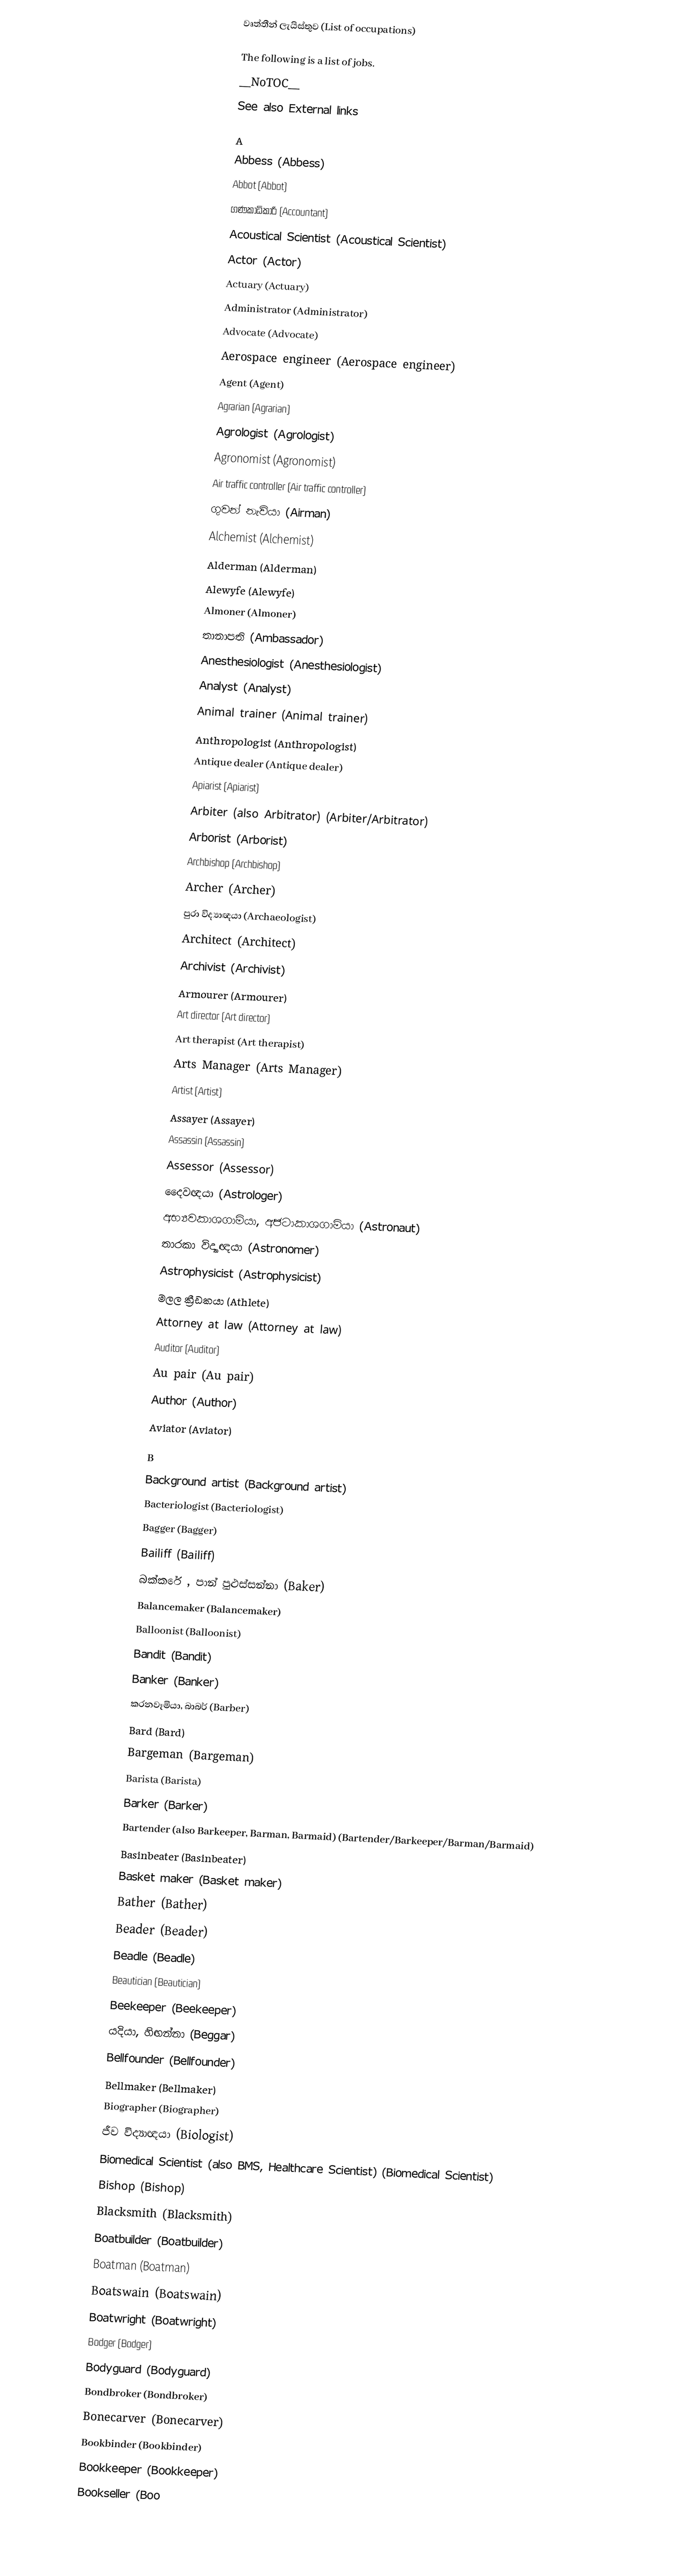
වෘත්තීන් ලැයිස්තුව (List of occupations)

The following is a list of jobs.
__NoTOC__
See also External links

A
Abbess (Abbess)
Abbot (Abbot)
ගණකාධිකාරි (Accountant)
Acoustical Scientist (Acoustical Scientist)
Actor (Actor)
Actuary (Actuary)
Administrator (Administrator)
Advocate (Advocate)
Aerospace engineer (Aerospace engineer)
Agent (Agent)
Agrarian (Agrarian)
Agrologist (Agrologist)
Agronomist (Agronomist)
Air traffic controller (Air traffic controller)
ගුවන් නැවියා (Airman)
Alchemist (Alchemist)
Alderman (Alderman)
Alewyfe (Alewyfe)
Almoner (Almoner)
තානාපති (Ambassador)
Anesthesiologist (Anesthesiologist)
Analyst (Analyst)
Animal trainer (Animal trainer)
Anthropologist (Anthropologist)
Antique dealer (Antique dealer)
Apiarist (Apiarist)
Arbiter (also Arbitrator) (Arbiter/Arbitrator)
Arborist (Arborist)
Archbishop (Archbishop)
Archer (Archer)
පුරා විද්‍යාඥයා (Archaeologist)
Architect (Architect)
Archivist (Archivist)
Armourer (Armourer)
Art director (Art director)
Art therapist (Art therapist)
Arts Manager (Arts Manager)
Artist (Artist)
Assayer (Assayer)
Assassin (Assassin)
Assessor (Assessor)
දෛවඥයා (Astrologer)
 අභ්‍යවකාශගාමියා, අජටාකාශගාමියා (Astronaut)
තාරකා විද්‍යාඥයා (Astronomer)
Astrophysicist (Astrophysicist)
මලල ක්‍රීඩකයා (Athlete)
Attorney at law (Attorney at law)
Auditor (Auditor)
Au pair (Au pair)
Author (Author)
Aviator (Aviator)

B
Background artist (Background artist)
Bacteriologist (Bacteriologist)
Bagger (Bagger)
Bailiff (Bailiff)
 බක්කරේ , පාන් පුළුස්සන්නා (Baker)
Balancemaker (Balancemaker)
Balloonist (Balloonist)
Bandit (Bandit)
Banker (Banker)
 කරනවෑමියා, බාබර්  (Barber)
Bard (Bard)
Bargeman (Bargeman)
Barista (Barista)
Barker (Barker)
Bartender (also Barkeeper, Barman, Barmaid) (Bartender/Barkeeper/Barman/Barmaid)
Basinbeater (Basinbeater)
Basket maker (Basket maker)
Bather (Bather)
Beader (Beader)
Beadle (Beadle)
Beautician (Beautician)
Beekeeper (Beekeeper)
යදියා, හිඟන්නා  (Beggar)
Bellfounder (Bellfounder)
Bellmaker (Bellmaker)
Biographer (Biographer)
ජීව විද්‍යාඥයා (Biologist)
Biomedical Scientist (also BMS, Healthcare Scientist) (Biomedical Scientist)
Bishop (Bishop)
Blacksmith (Blacksmith)
Boatbuilder (Boatbuilder)
Boatman (Boatman)
Boatswain (Boatswain)
Boatwright (Boatwright)
Bodger (Bodger)
Bodyguard (Bodyguard)
Bondbroker (Bondbroker)
Bonecarver (Bonecarver)
Bookbinder (Bookbinder)
Bookkeeper (Bookkeeper)
Bookseller (Boo